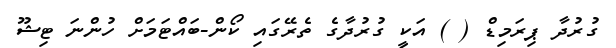
ގުރުދާ ޕިރަމިޑް ( ) އަކީ ގުރުދާގެ ތެރޭގައި ކޯން-ބައްޓަމަށް ހުންނަ ޓިޝޫ